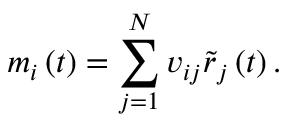
m _ { i } \left( t \right) = \sum _ { j = 1 } ^ { N } v _ { i j } \tilde { r } _ { j } \left( t \right) .